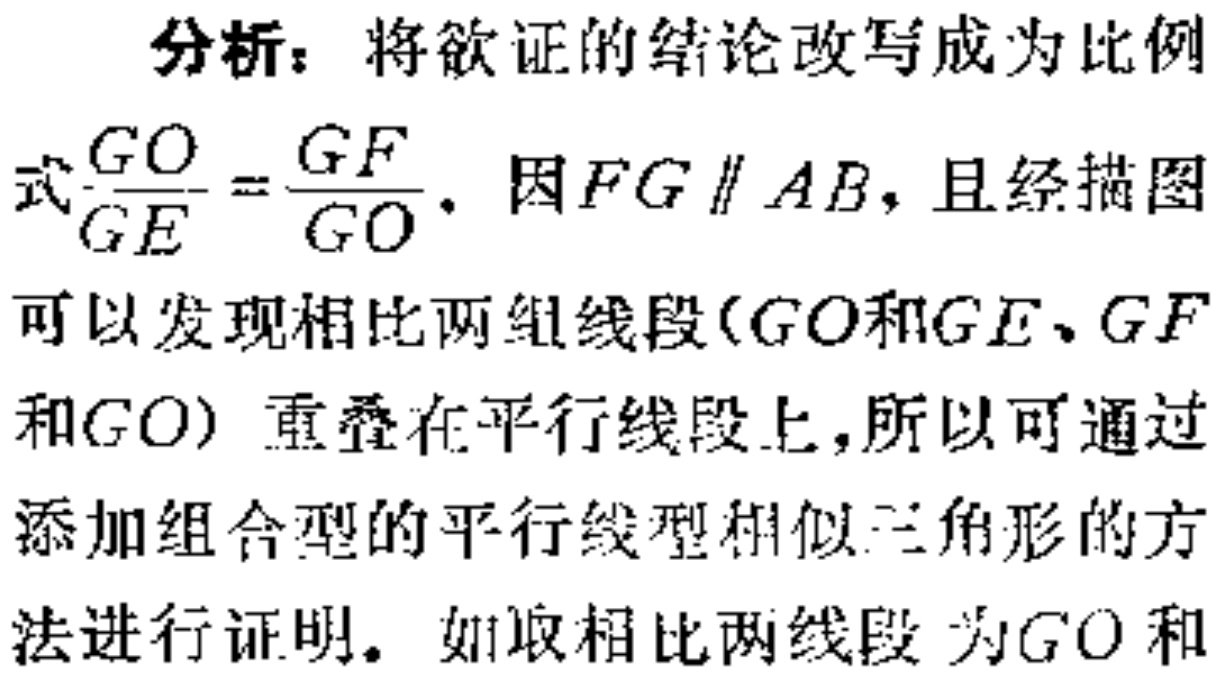
分析：将欲证的结论改写成为比例
式$\frac{GO}{GE}=\frac{GF}{GO}$. 因$FG\parallel AB$，且经描图
可以发现相比两组线段（$GO$和$GE$、$GF$
和$GO$）重叠在平行线段上，所以可通过
添加组合型的平行线型相似三角形的方
法进行证明。如取相比两线段为$GO$和